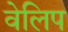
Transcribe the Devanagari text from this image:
वेलिप